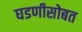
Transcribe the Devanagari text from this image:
घडणीसोबत